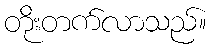
တိုးတက်လာသည်။